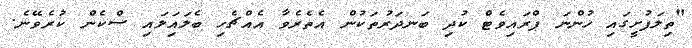
"ތިލަފުށީގައި ހުންނަ ޕްރައިވެޓް ކުދި ބަނދަރުތަކުން އެތެރެވާ އެއްޗެހި ބެލައިަލައި ސްކެން ކުރެވޭނެ.